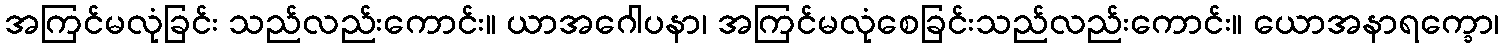
အကြင်မလုံခြင်း သည်လည်းကောင်း။ ယာအဂေါပနာ၊ အကြင်မလုံစေခြင်းသည်လည်းကောင်း။ ယောအနာရက္ခော၊